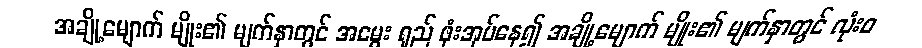
အချို့မျောက် မျိုး၏ မျက်နှာတွင် အမွေး ရှည် ဖုံးအုပ်နေ၍ အချို့မျောက် မျိုး၏ မျက်နှာတွင် လုံးဝ